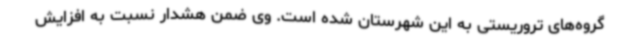
گروه‌های تروریستی به این شهرستان شده است. وی ضمن هشدار نسبت به افزایش